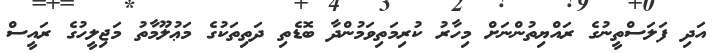
އަދި ފަލަސްތީނުގެ ރައްޔިތުންނަށް މިހާރު ކުރިމަތިވަމުންދާ ބޮޑެތި ދަތިތަކުގެ މަޢުލޫމާތު މަޖިލީހުގެ ރައީސް